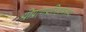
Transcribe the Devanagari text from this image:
श्रीप्राणप्रतिष्ठामंत्रस्य